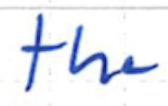
Text: the
Cross-out: clean
Writing tool: ballpoint